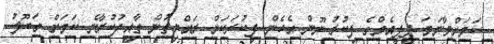
ކަމަށްވާނަމަ ޕީޕީއެމްގެ ފިކުރު ނޫން އެހެން ފިކުރަކަށް ރައްޔިތުން ތާއީދުކުރާނެ ކަމަށް ގަބޫލު